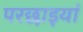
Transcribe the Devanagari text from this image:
परछाइयां